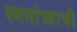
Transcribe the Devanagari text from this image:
स्वतांत्र्याची